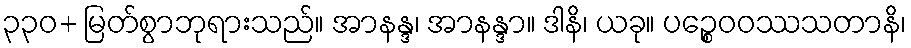
၃၃၀+ မြတ်စွာဘုရားသည်။ အာနန္ဒ၊ အာနန္ဒာ။ ဒါနိ၊ ယခု။ ပဉ္စေဝဝဿသတာနိ၊